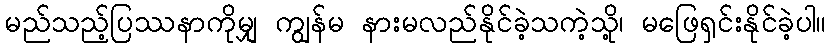
မည်သည့်ပြဿနာကိုမျှ ကျွန်မ နားမလည်နိုင်ခဲ့သကဲ့သို့၊ မဖြေရှင်းနိုင်ခဲ့ပါ။